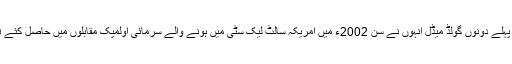
اپنے پہلے دونوں گولڈ میڈل انہوں نے سن 2002ء میں امریکہ سالٹ لیک سٹی میں ہونے والے سرمائی اولمپک مقابلوں میں حاصل کئے تھے۔